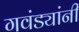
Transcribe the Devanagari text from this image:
गवंड्यांनी